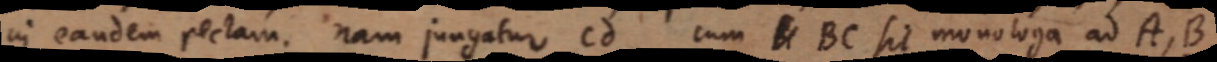
in eandem rectam. nam jungatur cd cum _ BC sit monologa ad A, B